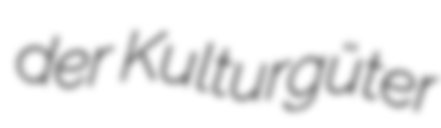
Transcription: der Kulturgüter